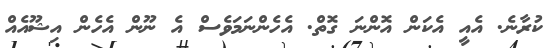
ކުރާނެ. އެއީ އެކަން އޮންނަ ގޮތް. އެހެންނަމަވެސް އެ ނޫން އެހެން އިޝޫއެއް